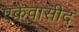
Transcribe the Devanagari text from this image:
एकैवासीद्